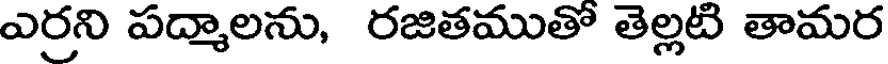
ఎర్రని పద్మాలను, రజితముతో తెల్లటి తామర